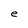
Character: e